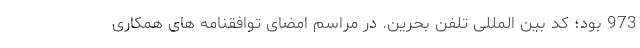
973 بود؛ کد بین المللی تلفن بحرین. در مراسم امضای توافقنامه های همکاری